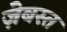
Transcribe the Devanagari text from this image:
ज़ेबस्त